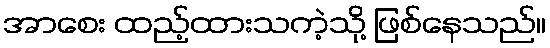
အာစေး ထည့်ထားသကဲ့သို့ ဖြစ်နေသည်။